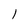
Character: 1